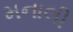
મનાલી